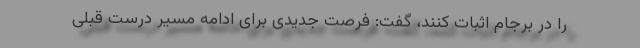
را در برجام اثبات کنند، گفت: فرصت جدیدی برای ادامه مسیر درست قبلی